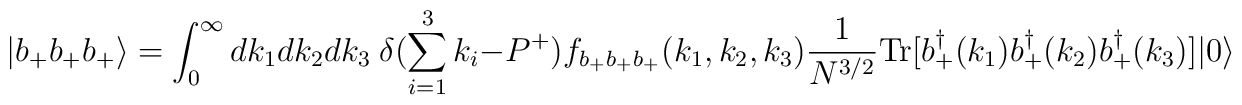
|b_+ b_+ b_+ \rangle =\int_0^{\infty} dk_1 dk_2 dk_3\hspace{1mm} \delta (\sum_{i=1}^3 k_i - P^+)  f_{b_+ b_+ b_+}(k_1,k_2,k_3) \frac{1}{N^{3/2}} \mbox{Tr}[b_+^{\dagger}(k_1) b_+^{\dagger}(k_2)b_+^{\dagger}(k_3)]|0\rangle